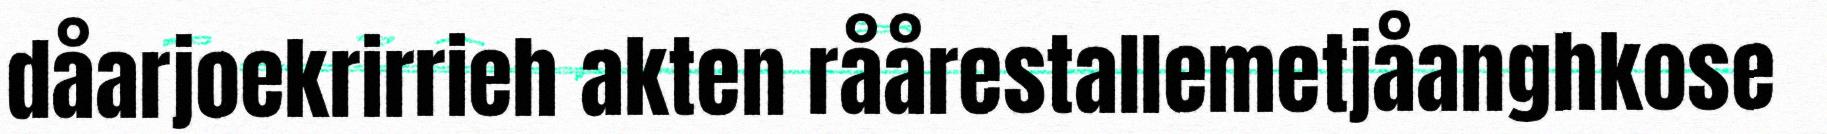
dåarjoekrirrieh akten råårestallemetjåanghkose